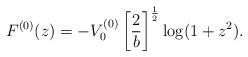
LaTeX: \begin{align*}F^{(0)}(z)=-V_{0}^{(0)}\left[\frac{2}{b}\right]^{\frac{1}{2}}\log(1+z^2).\end{align*}